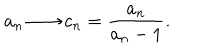
LaTeX: a _ { n } \longrightarrow c _ { n } = \frac { a _ { n } } { a _ { n } - 1 } .